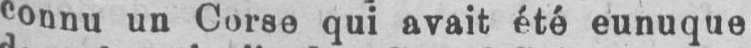
connu un Corse qui avait été eunuque